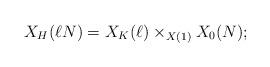
LaTeX: \begin{align*} X_H(\ell N) = X_K(\ell) \times_{X(1)} X_0(N); \end{align*}